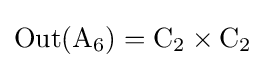
\operatorname {Out} (\mathrm {A} _{6})=\mathrm {C} _{2}\times \mathrm {C} _{2}